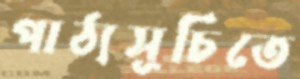
পাঠ্যসূচিতে